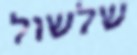
שלשול